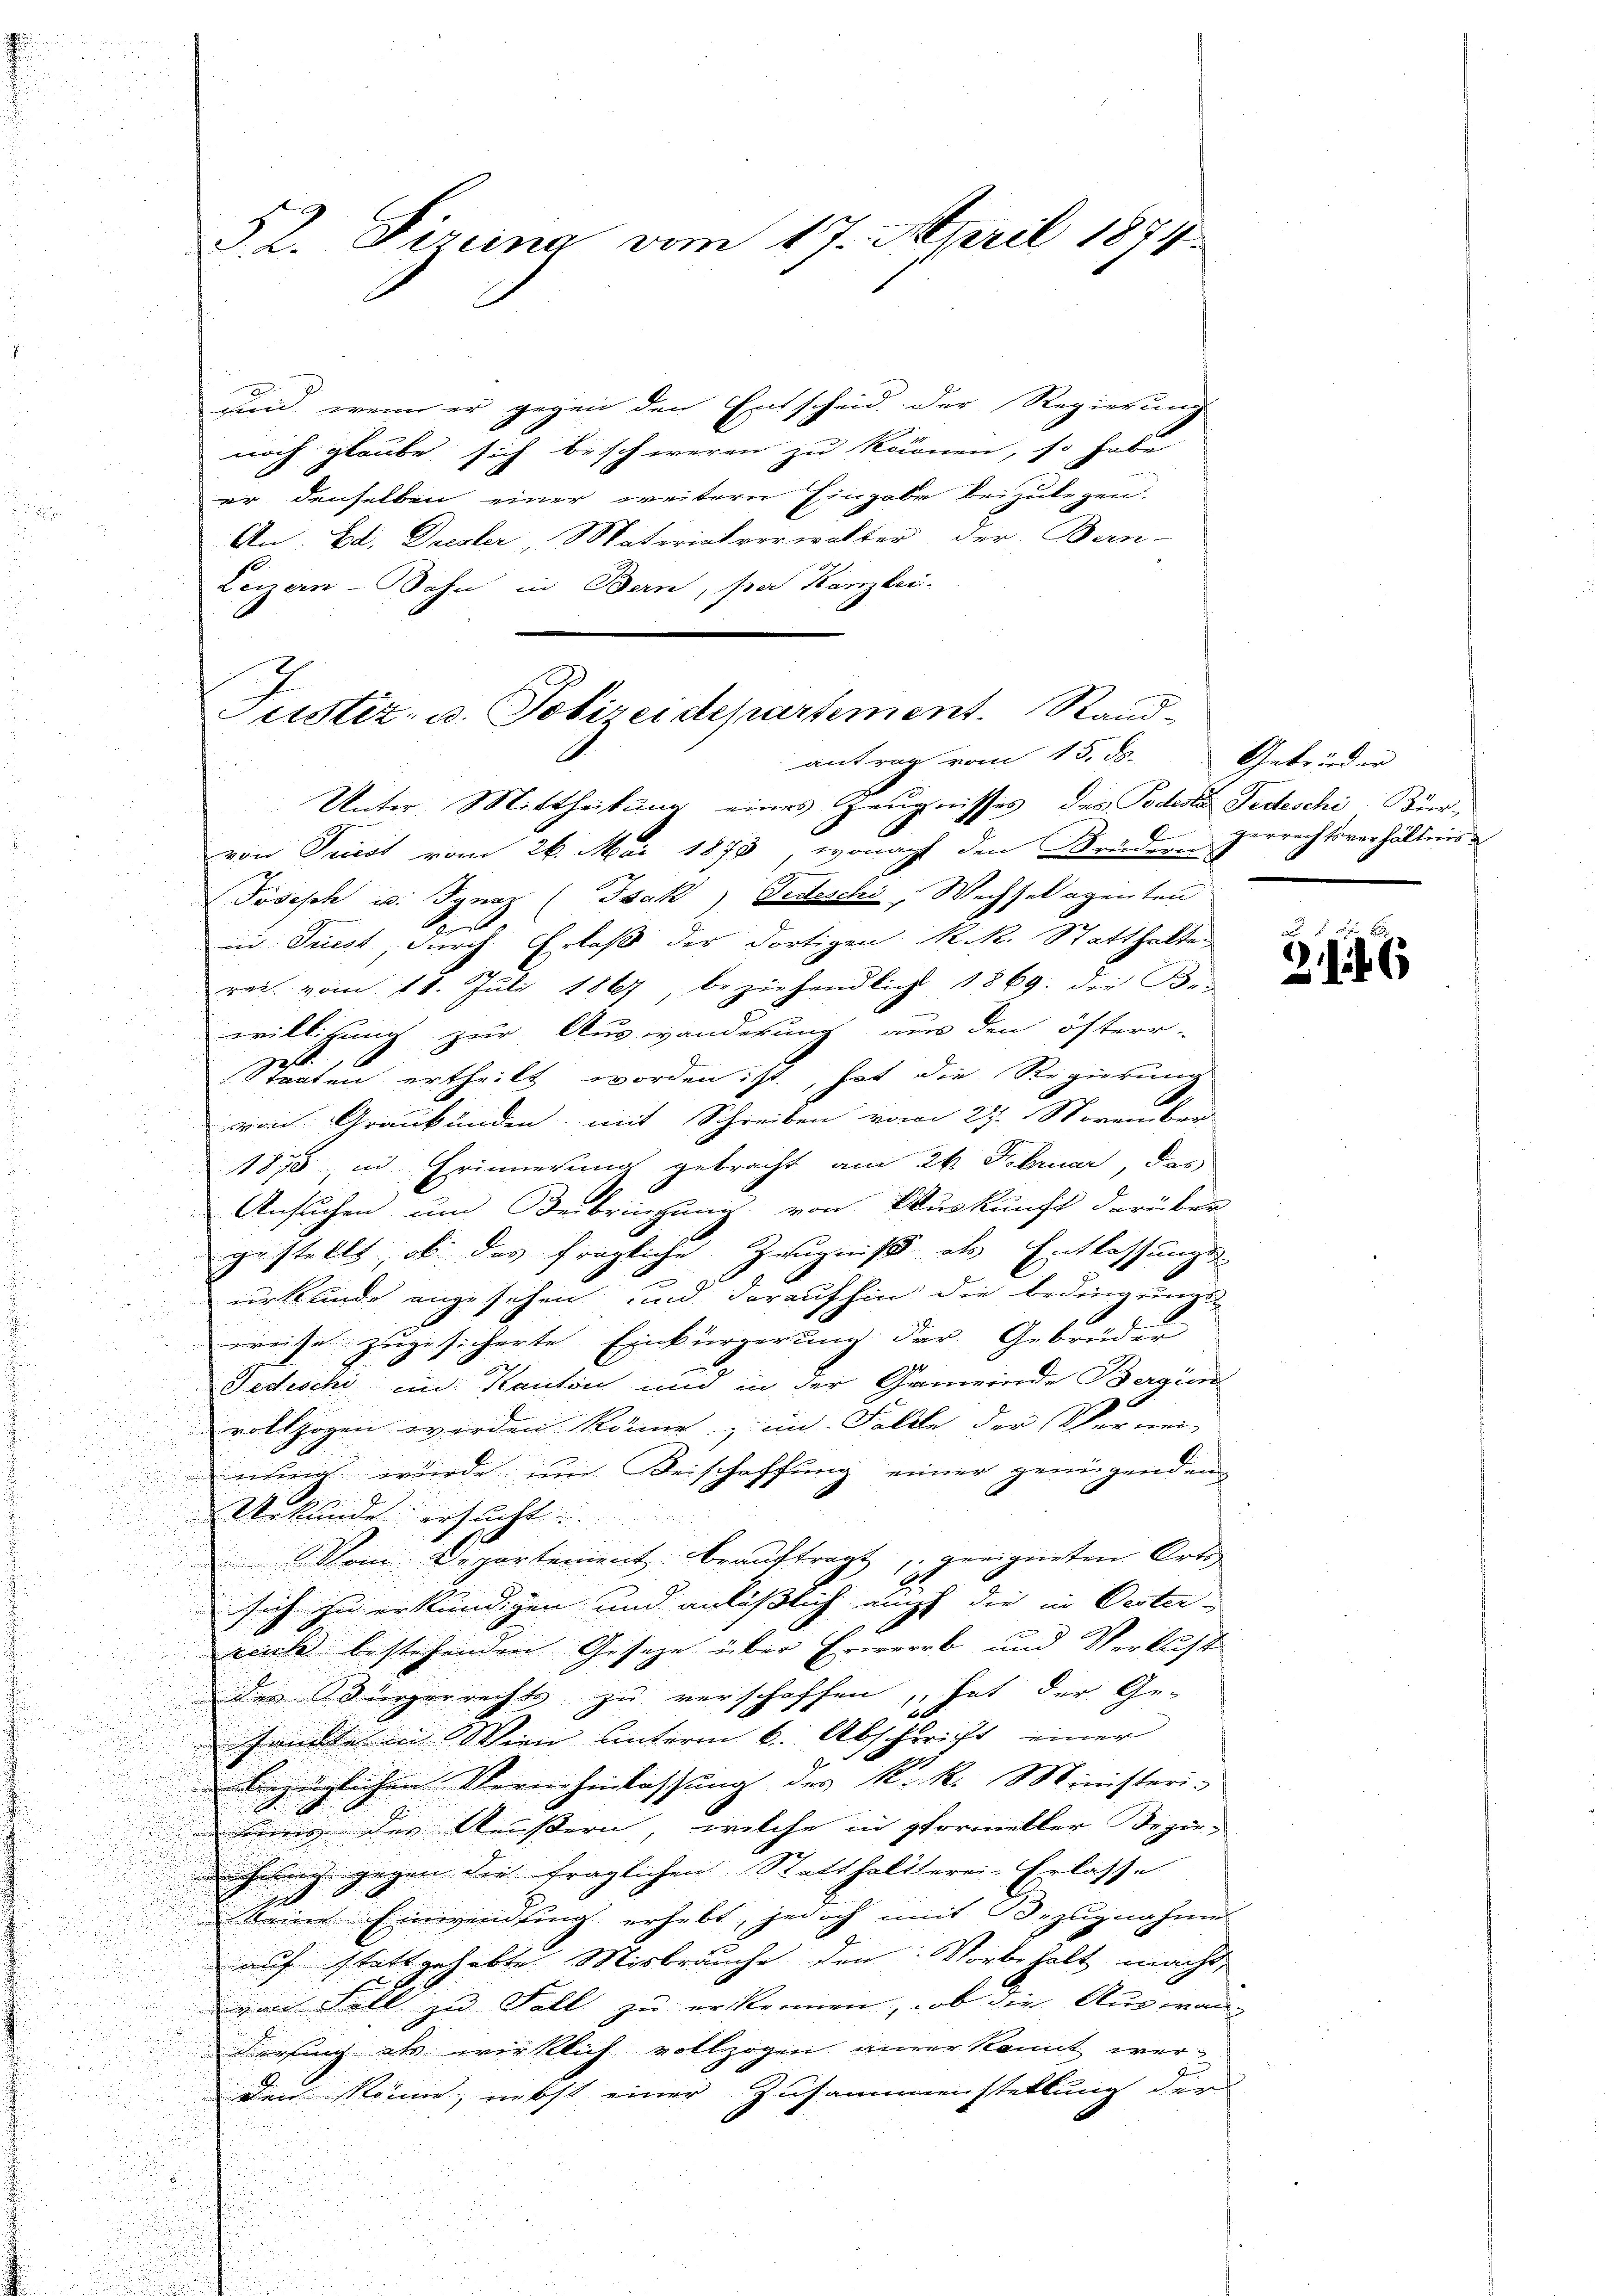
52. Firung vom 17. April 1874.

sind, wenn er gegen den Entscheid der Regierung
noch glaube sich beschweren zu können, so habe
er denselben einer weitern Eingabe beizulegen.
An. Ed. Drester, Materialverwalter, der Bern-
Luzern-Bahn in Bern, par Kanzlei.

Justiz- u. Polizeidepartement. Standantrag vom 15. ds. Gebrüder

Unter Mittheilung eines Zeugnisses, des Podeste Fedeschi, Bürvon Priest vom 26. Mai 1873, wonach den Brüdern Herrechtsverhältnis
au
Joseph u. Ignaz (Isak Seiteschi, Wechsel egenten
s
in Triest, durch Erlaß der dortigen R. R. Statthalten
rei vom 11. Jŭli 1867, beziehendlich 1869. die Be
willigung zur Auswanderung aus den öfterr-
l
Staaten ertheilt worden ist, hat die Regierung
von Graubünden, mit Schreiben vom 27. November
11878 in Erinnerung gebracht am 26. Februar, das
Ansuchen und Verbringung von Auskunft darüber
gestellt, ob das fragliche Zeugniß als Entlassungs-
urkunde angesehen, und daraufhin die Bedingungs-
.
weise zugesicherte Einbürgerung der Gebrüder
Fedischi ein Kanton und in der Gemeinde Bergün
vollzogen werden könne, im Falle der Verwei-
i

nung wurde im Beischaffung einer genügenden
.

Urkunde ersucht.
.
Mom. Departement beauftragt, geeigneten Orts
.
2
sich zu erkundigen und anläßlich auf die in Oester-
reiche bestehenden Gesetze über Erwerb und Verlust
des Bürgerrechts zu verschaffen, hat der Ge-
22
.
Pandte in Wien unterm 6. Abschricht einer
¬
bezüglichen Vernehmlassung des k. k. Ministeris
uins der Aeußern, welche in Pformeller Bezie-
hnung gegen die fraglichen Statthaltterei-Erlasse
Meine Einwendung erhebt, jedoch mit Bezugnahmes
auf stattgehabte Misbrauche den Vorbehalt macht,
von Foll zu Fall zu erkennen, ob die Auswandersing als wirklich vollzogen aner kannt werden könne, nebst einer Zusammenstellung der

a
246